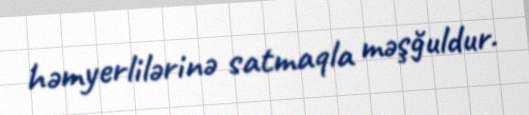
həmyerlilərinə satmaqla məşğuldur.